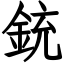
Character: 銃